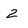
Character: 2